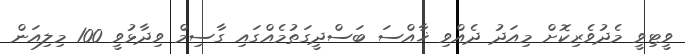
ވީޓިވީ މެދުވެރިކޮށް މިއަދު ދެއްވި ޚާއްސަ ބަސްދީގަތުމެއްގައި ގާސިމް ވިދާޅުވީ 100 މިލިއަން